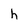
Character: h